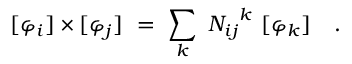
[ \varphi _ { i } ] \times [ \varphi _ { j } ] \ = \ \sum _ { k } \ { N _ { i j } } ^ { k } \ [ \varphi _ { k } ] \quad .